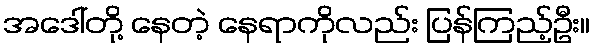
အဒေါ်တို့ နေတဲ့ နေရာကိုလည်း ပြန်ကြည့်ဦး။